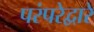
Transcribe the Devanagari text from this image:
परंपरेद्वारे